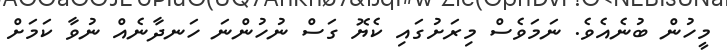
މީހުން ބުނެއެވެ. ނަމަވެސް މިރަށުގައި ކެޔޮ ގަސް ނުހުންނަ ހަނދާނެއް ނުވާ ކަމަށް